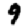
Digit: 9